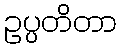
ဥပ္ပတိတာ